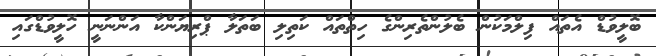
ބޮލީވުޑް އެތައް ފިލްމަކުން ބެލުންތެރިންގެ ހިތްތައް ކަތިލި ބަތަލާ ޕްރިޔަންކާ އަންނަނީ ހޮލީވުޑްގައި